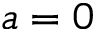
a = 0